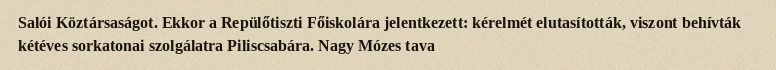
Salói Köztársaságot. Ekkor a Repülőtiszti Főiskolára jelentkezett: kérelmét elutasították, viszont behívták kétéves sorkatonai szolgálatra Piliscsabára. Nagy Mózes tava